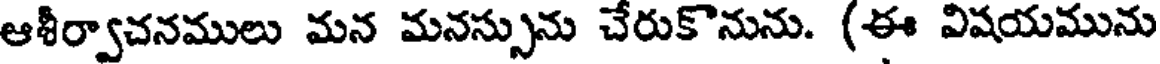
ఆశీర్వాచనములు మన మనస్సును చేరుకొనును. (ఈ విషయమును